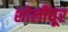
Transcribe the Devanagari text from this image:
शोलींघूर